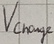
Text: Vcharge